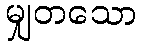
မျှတသော